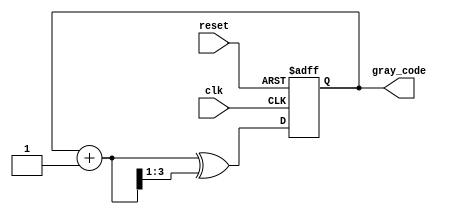
module gray_counter(
    input wire clk,
    input wire reset,
    output reg [3:0] gray_code
);

reg [3:0] count;
reg [3:0] next_count;

always @(posedge clk or posedge reset) begin
    if (reset) begin
        count <= 4'b0000;
    end else begin
        next_count = count + 1;
        count <= next_count ^ (next_count >> 1);
    end
end

assign gray_code = count;

endmodule